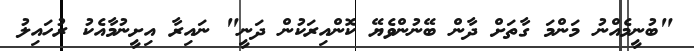
"ބުނީމެއްނު މަންމަ ގާތަށް ދާން ބޭނުންވެޔޭ ކޮންއިރަކުން ދަނީ" ނައިރާ އިށީނުމާއެކު ރުހައިލު